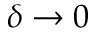
\delta \to 0